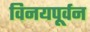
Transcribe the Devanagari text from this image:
विनयपूर्वन